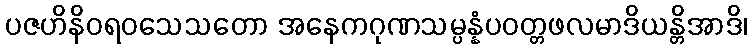
ပဇဟိနိဝရဝသေသတော အနေကဂုဏသမ္ပန္နံပဝတ္တဖလမာဒိယန္တိအာဒိ၊